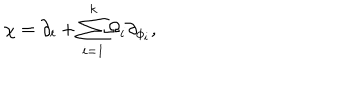
LaTeX: \chi = \partial _ { t } + { { { \sum _ { i = 1 } ^ { k } } } } \Omega _ { i } \partial _ { \phi _ { i } } ,